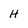
Character: H